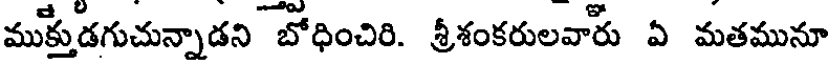
ముక్తుడగుచున్నాడని బోధించిరి. శ్రీశంకరులవారు ఏ మతమునూ